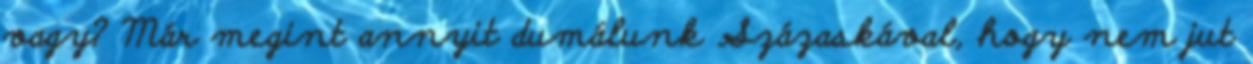
vagy? Már megint annyit dumálunk Százaskával, hogy nem jut